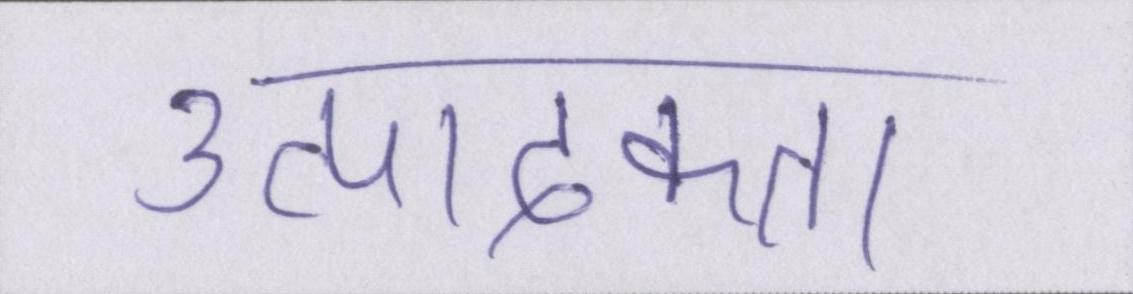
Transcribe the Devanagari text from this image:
उत्पादकता